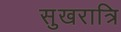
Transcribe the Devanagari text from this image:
सुखरात्रि